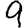
Digit: 9